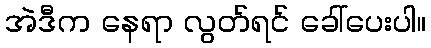
အဲဒီက နေရာ လွတ်ရင် ခေါ်ပေးပါ။